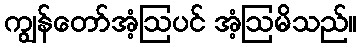
ကျွန်တော်အံ့ဩပင် အံ့ဩမိသည်။